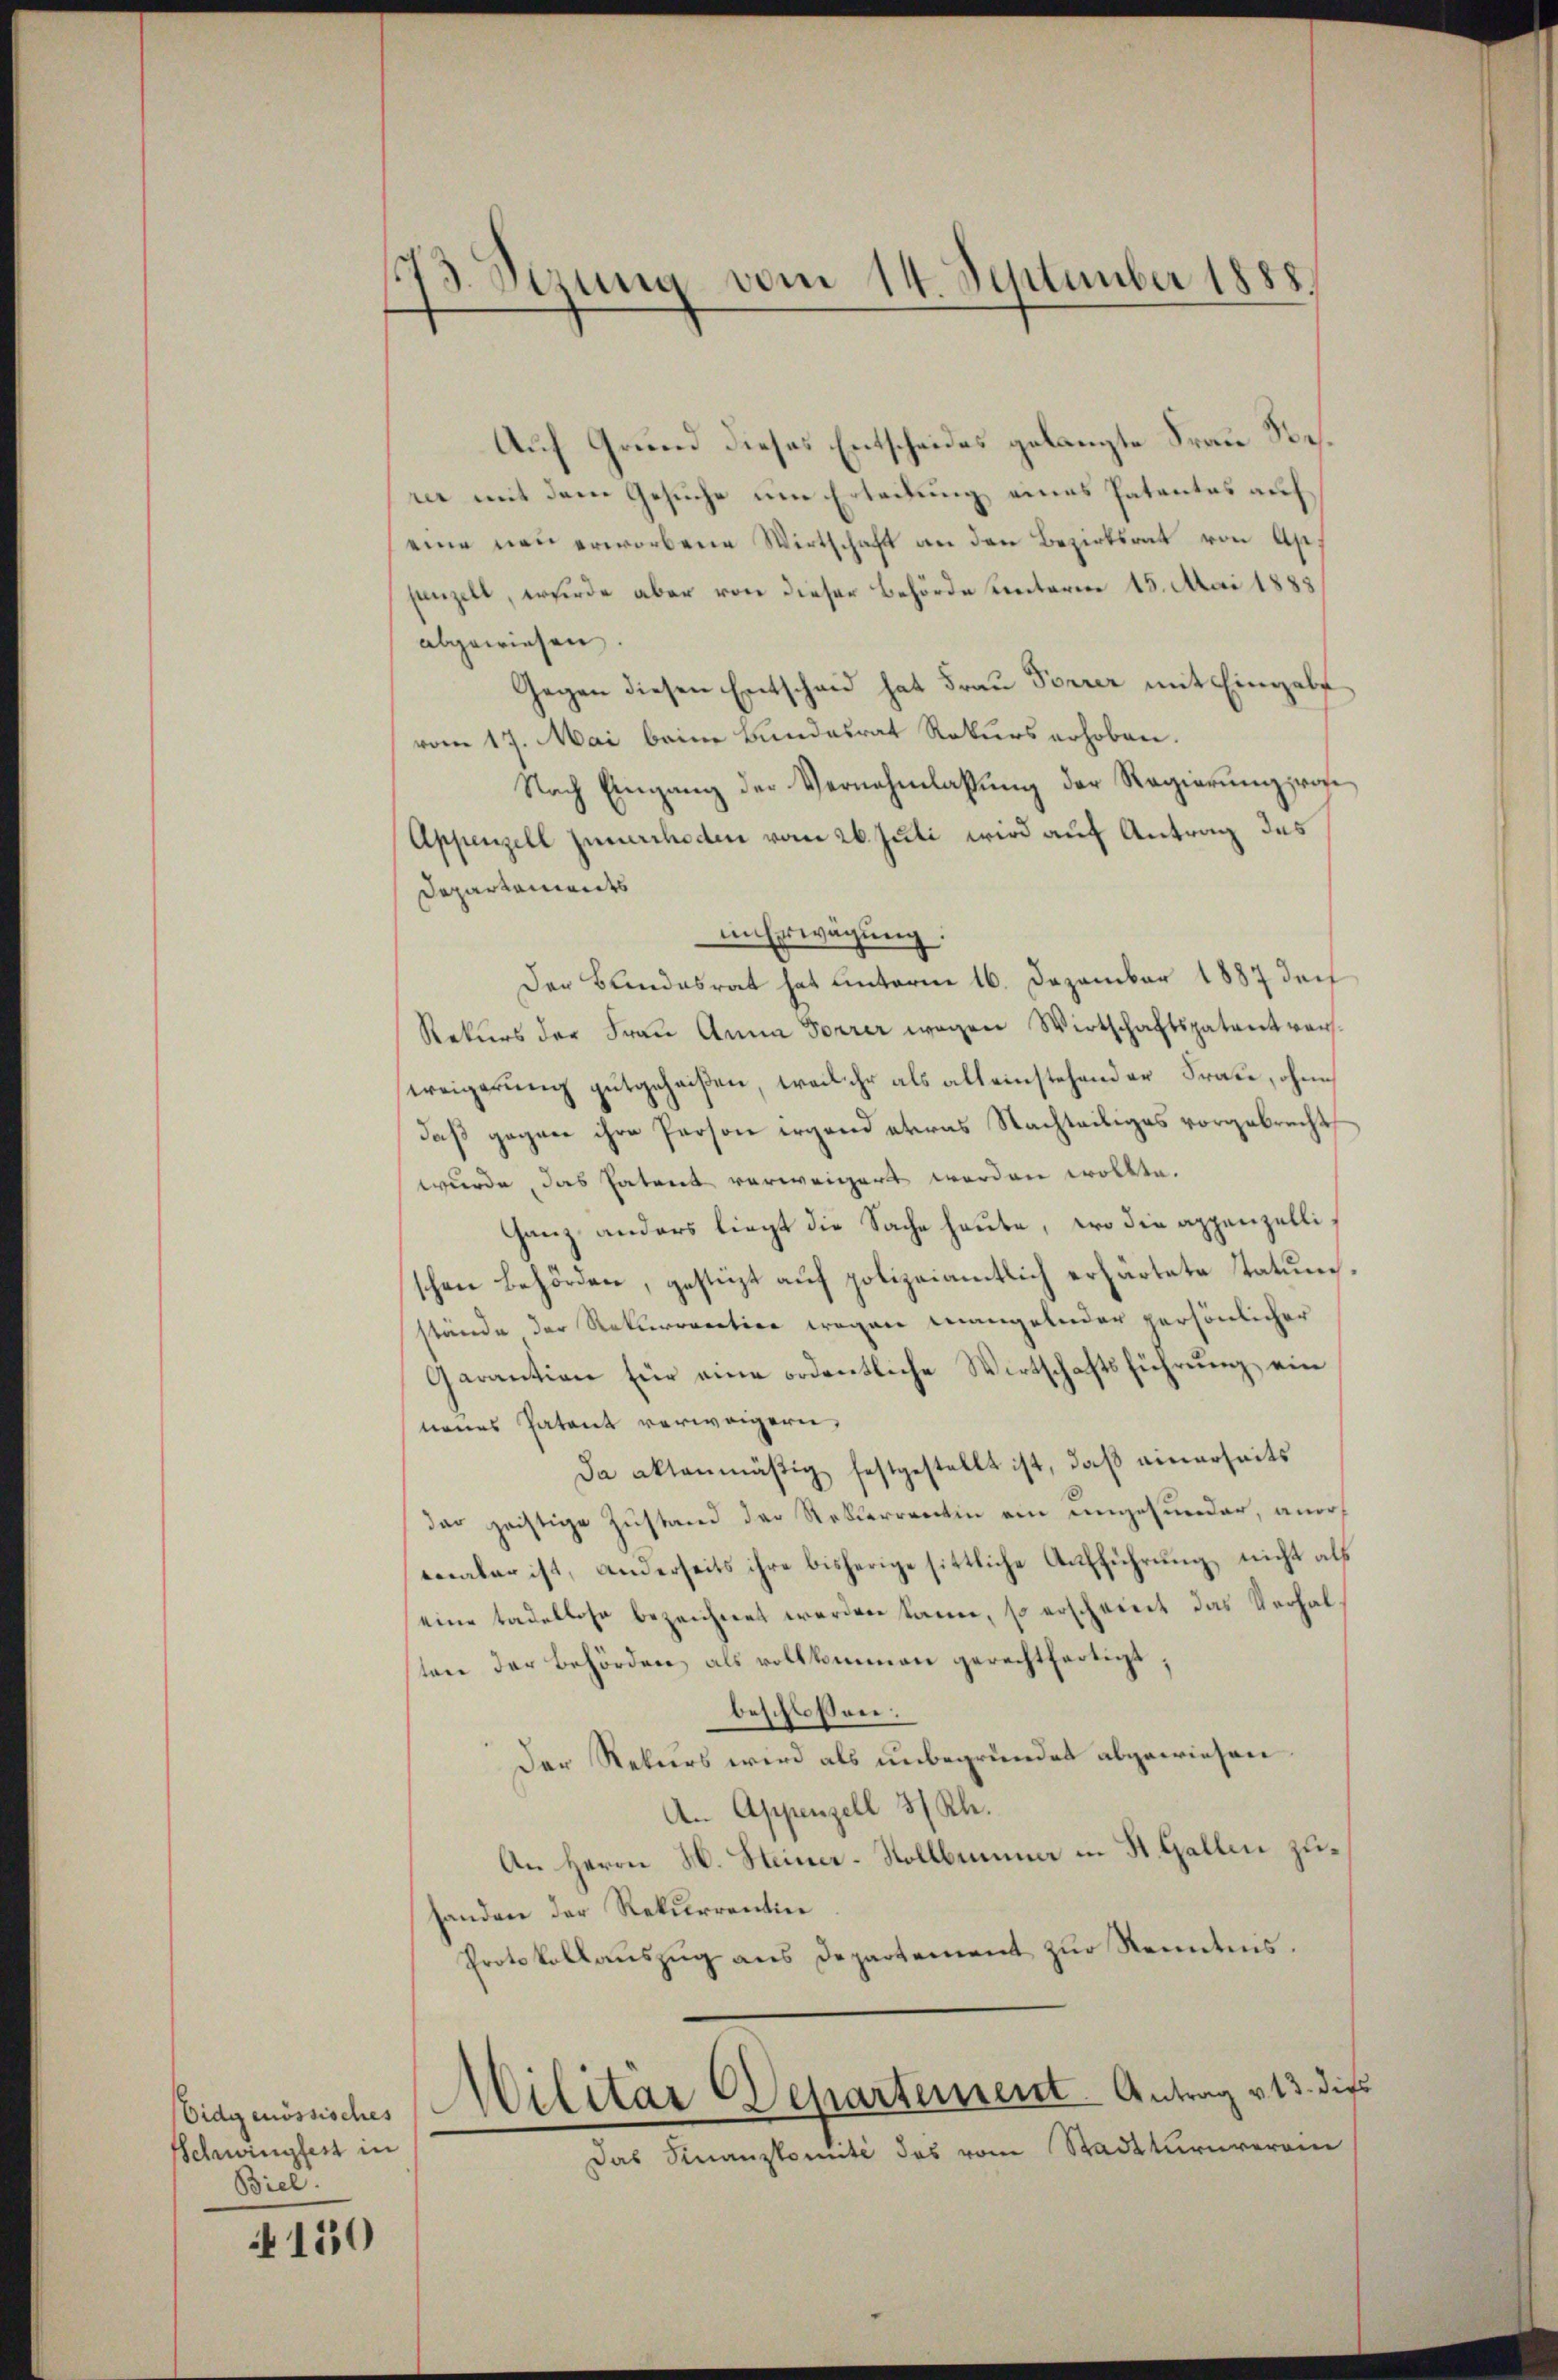
Schwingfest in
Biel.

150

113. Verung vom 14. September 1888.

Auf Grund dieses Entscheides gelangte Frau Besrer mit dem Gesuche um Erteilung eines Patentes auf
eine neu erworbene Wirtschaft an den Bezirksrat von Ap.
penzelt, wurde aber von dieser Behörde unterm 15. Mai 1888
abgewiesen,
Gegen diesen Entschau hat Frau Forrer mit Eingabe
vom 17. Mai beim Bundesrat Rekurs erhoben.
Nach Eingang der Vernehmlassŭng der Regierŭng von
Appenzell zumercheden vom 26. Juli wird auf Antrag des
Departements
in Erwägung.
Der Bundesrat hat unterm 16. Dezember 1887 der
Rekurs der Frau Anna Forrer wegen Wirtschaftspatent versereigerung gutgeheißen, weil ihr als alleinstehender Fraue, ohne
daß gegen ihre Person irgend etwas Nachteiliges vorgebracht,
wurde, das Patent verweigert werden wollte.
Ganz anders liegt die Sache heute, wo die appenzellischen Behörden, gestützt auf polizeiamtlich erhärtete Tatumstände der Rekurraration wegen mangelnder persönlicher
Garantion für eine ordentliche Wirtschaftsführung ein
neues Patent verweigern,
Da aktenmäßig festgestellt ist, daß einerseits
dar geistige Zustand der Rekterrentin ein ungesunder, anoreaber ist, anderseits ihre bisherige sittliche Aufführung nicht als
eine tadellose bezeichnet werden kanne, so erscheint das Verhalten der Behörden als vollkommen gerechtfertigt,
beschlossen:
Der Rekurs wird als unbegründet abgewiesen.
A. Appenzell 3/ Rh.
An Herrn H. Steiner-Stollbunnna in St. Gallen zuhanden der Rekurrentin
Protokollauszug aus Departement zur Kenntnis.
Eidgenössisches Militär-Departement. Antrag v. 13. dies
Das Finanzkomité des vom Stadtturnveran